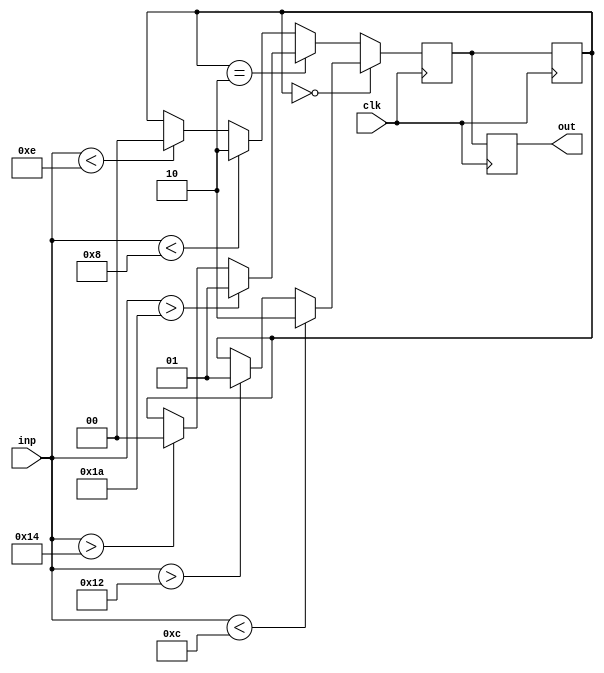
`timescale 1ns/1ns
module fsm(input [4:0] inp, input clk, output reg [1:0]out);

    reg [1:0] curr_st, nxt_st;

    initial begin
        curr_st = 2'b00;
        nxt_st = 2'b10;
    
    end

    always @(posedge clk) begin
        if (curr_st == 2'b00) begin
            if(inp < 12)begin
                nxt_st = 2'b10;
            end 
            else if(inp > 18)begin
                nxt_st = 2'b01;
            end 
            else begin
                nxt_st = curr_st;
            end
        end
         else if(curr_st == 2'b10) begin
            if(inp > 26) begin
                nxt_st = 2'b01;
            end 
            else if(inp > 20)begin
                nxt_st = 2'b00;
            end
             else begin
                nxt_st = curr_st;
            end
        end
         else begin
            if(inp < 8) begin
                nxt_st = 2'b10;
            end 
            else if(inp < 14) begin
                nxt_st = 2'b00;
            end 
            else begin
                nxt_st = curr_st;
            end
        end
    end

    always @(negedge clk) begin
    
           curr_st = nxt_st;
    end
  always @(negedge clk) begin
 
           out = nxt_st;
    end
  

endmodule


module tb;

    reg clk;
    reg [4:0] inp;
    wire [1:0] out;

    fsm f(inp, clk, out);

    always begin
        #5;
        clk = ~clk;
    end

    always @(posedge clk) begin
        $display("inp = %d, o = %b", inp, out);
    end

    initial begin
        clk = 0;
      
        inp = 0;
        #10; 
        inp = 15;
        #10;
        inp = 25;
        #10;
        inp = 10;
        #10;
        inp = 19;
        #10;
        inp = 27;
        #10;
        inp = 13;
        #10;
        inp = 9;
        #10;
        inp = 3;
        #10;
        inp = 23;
        #10;

        $finish;
    end
    
endmodule
// result delay of one cycle